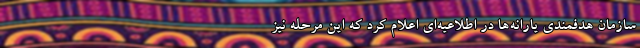
سازمان هدفمندی یارانه‌ها در اطلاعیه‌ای اعلام کرد که این مرحله نیز